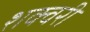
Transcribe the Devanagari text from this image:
शक्वरी